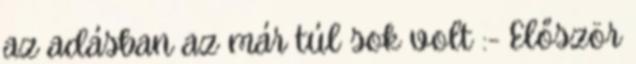
az adásban az már túl sok volt :- Először